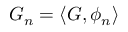
G _ { n } = \langle G , \phi _ { n } \rangle